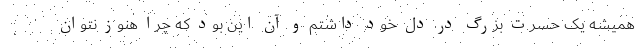
همیشه یک حسرت بزرگ در دل خود داشتم و آن این بود که چرا هنوز نتوان